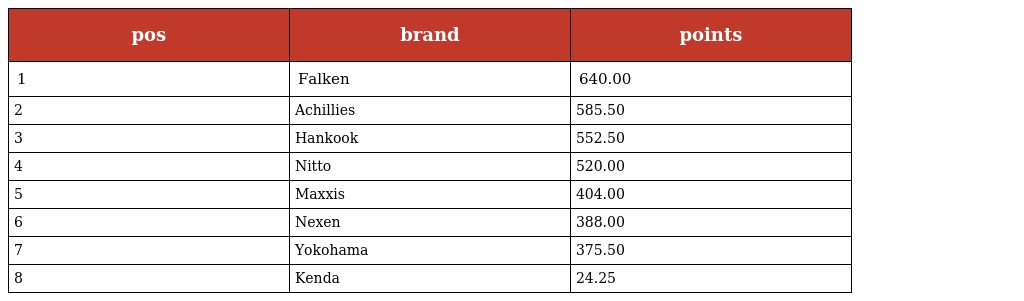
| pos | brand | points |
 | --- | --- | --- |
 | 1 | Falken | 640.00 |
 | 2 | Achillies | 585.50 |
 | 3 | Hankook | 552.50 |
 | 4 | Nitto | 520.00 |
 | 5 | Maxxis | 404.00 |
 | 6 | Nexen | 388.00 |
 | 7 | Yokohama | 375.50 |
 | 8 | Kenda | 24.25 |